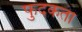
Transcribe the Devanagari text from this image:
फुदकता